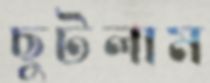
ছুটলাম